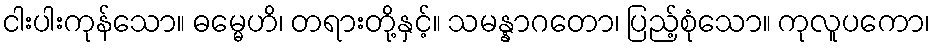
ငါးပါးကုန်သော။ ဓမ္မေဟိ၊ တရားတို့နှင့်။ သမန္နာဂတော၊ ပြည့်စုံသော။ ကုလူပကော၊